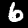
Digit: 6